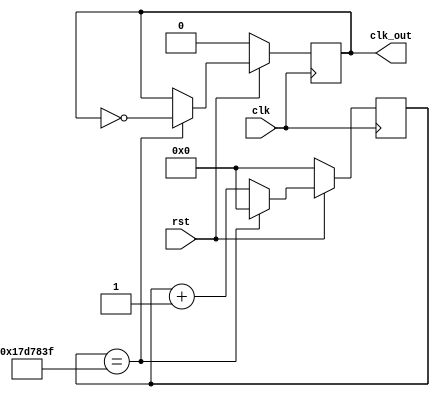



module clock_1hz(
    output reg clk_out,
    input clk,rst
    );
    
    reg [25:0]count;
    
    always@(posedge clk)
    begin
         if(!rst)
         begin
         count<=0;
         clk_out<=0;
         end
         else if(count==24999999)
         begin
         count<=0;
         clk_out<=~clk_out;
         end
         else
         count<=count+1;
     end
     
         
endmodule